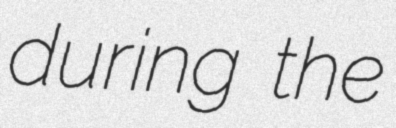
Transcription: during the